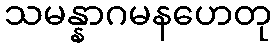
သမန္နာဂမနဟေတု